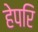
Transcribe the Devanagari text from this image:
हेपरि